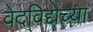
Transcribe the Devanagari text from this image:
वेदविद्येच्या